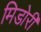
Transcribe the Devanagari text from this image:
मिडोरी